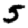
Digit: 5